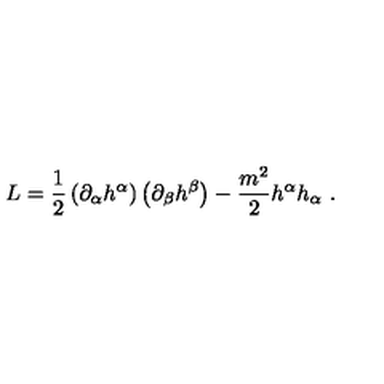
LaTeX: L = \frac { 1 } { 2 } \left( \partial _ { \alpha } h ^ { \alpha } \right) \left( \partial _ { \beta } h ^ { \beta } \right) - \frac { m ^ { 2 } } { 2 } h ^ { \alpha } h _ { \alpha } \ .